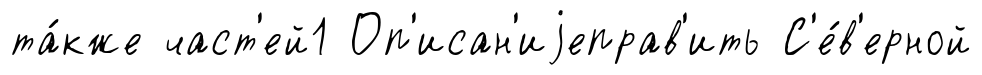
та́кже част'ей1 Оп'исан'иjеправ'ить С'е́в'ерной